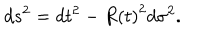
LaTeX: d s ^ { 2 } = d t ^ { 2 } - R \left( t \right) ^ { 2 } d \sigma ^ { 2 } .